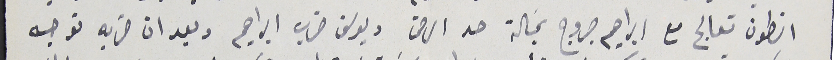
انطون تعالج مع ابراهيم جروج بمسَالة حد الرضى ويوسف ضرب ابراهيم وبعد ان ضربه توجه